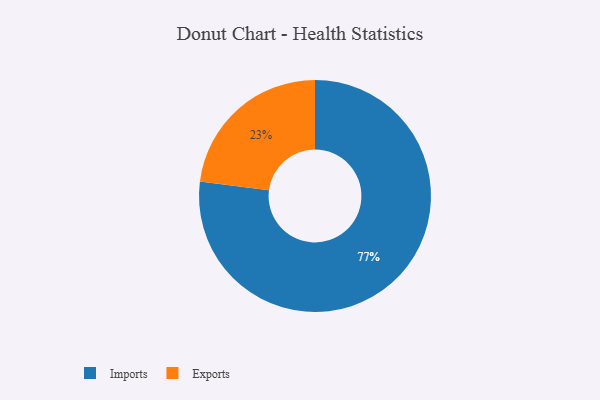
{"axis": {"x": "Category", "y": "Percentage"}, "legend": ["Exports", "Imports"], "data": [{"x": "Exports", "y": 23, "type": "Exports"}, {"x": "Imports", "y": 77, "type": "Imports"}]}